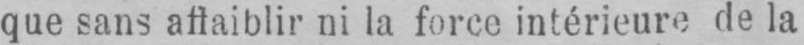
que sans affaiblir ni la force intérieure de la